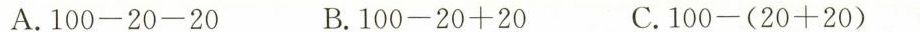
A.100-20-20 B.100-20+20 C.100-(20+20)